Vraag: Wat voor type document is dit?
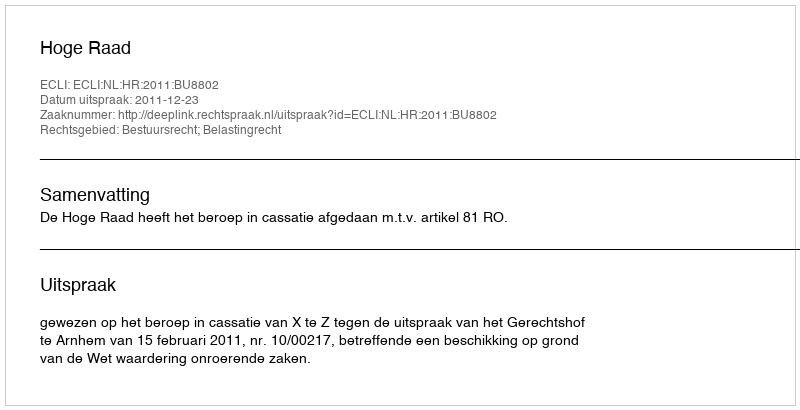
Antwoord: Uitspraak